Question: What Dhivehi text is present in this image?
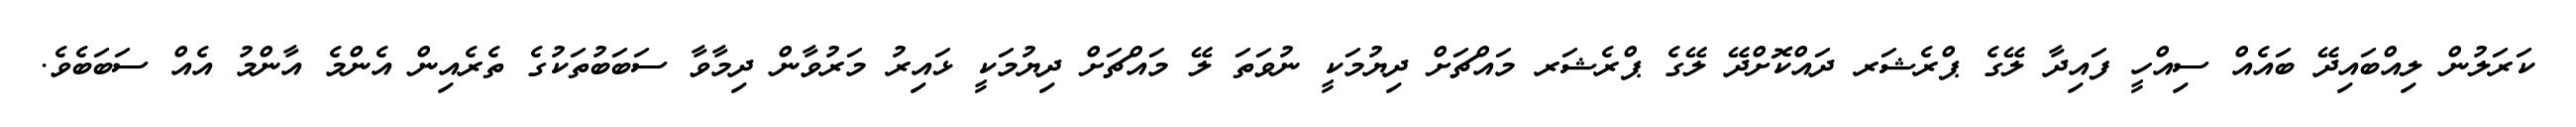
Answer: ކަރަލުން ލިއްބައިދޭ ބައެއް ސިއްހީ ފައިދާ ލޭގެ ޕްރެޝަރ ދައްކޮށްދޭ ލޭގެ ޕްރެޝަރ މައްޗަށް ދިޔުމަކީ ނުވަތަ ލޭ މައްޗަށް ދިޔުމަކީ ޅައިރު މަރުވާން ދިމާވާ ސަބަބުތަކުގެ ތެރެއިން އެންމެ އާންމު އެއް ސަބަބެވެ.